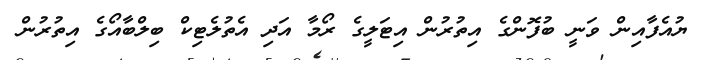
ޔުއެފާއިން ވަނީ ބުފޮންގެ އިތުރުން އިޓަލީގެ ރޯމާ އަދި އެތުލެޓިކް ބިލްބާއޯގެ އިތުރުން